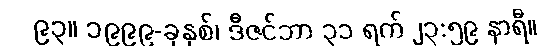
၉၃။ ၁၉၉၉-ခုနှစ်၊ ဒီဇင်ဘာ ၃၁ ရက် ၂၃:၅၉ နာရီ။